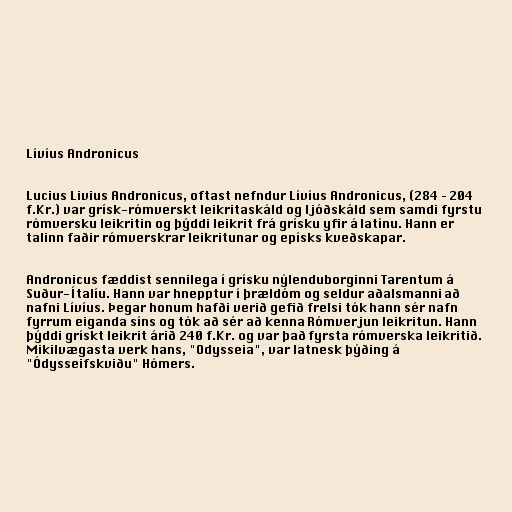
Lívíus Andronicus

Lucius Livius Andronicus, oftast nefndur Lívíus Andronicus, (284 – 204
f.Kr.) var grísk-rómverskt leikritaskáld og ljóðskáld sem samdi fyrstu
rómversku leikritin og þýddi leikrit frá grísku yfir á latínu. Hann er
talinn faðir rómverskrar leikritunar og epísks kveðskapar.

Andronicus fæddist sennilega í grísku nýlenduborginni Tarentum á
Suður-Ítalíu. Hann var hnepptur í þrældóm og seldur aðalsmanni að
nafni Lívíus. Þegar honum hafði verið gefið frelsi tók hann sér nafn
fyrrum eiganda síns og tók að sér að kenna Rómverjun leikritun. Hann
þýddi grískt leikrit árið 240 f.Kr. og var það fyrsta rómverska leikritið.
Mikilvægasta verk hans, "Odysseia", var latnesk þýðing á
"Ódysseifskviðu" Hómers.